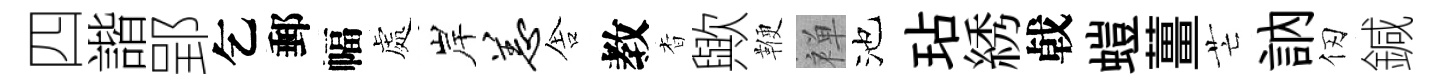
四諧郢乞郵幅處岸恙舎教杳歟鞭禅池玷綉㦸螘薑芒訥仞鍼